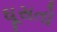
ઘૂસતો